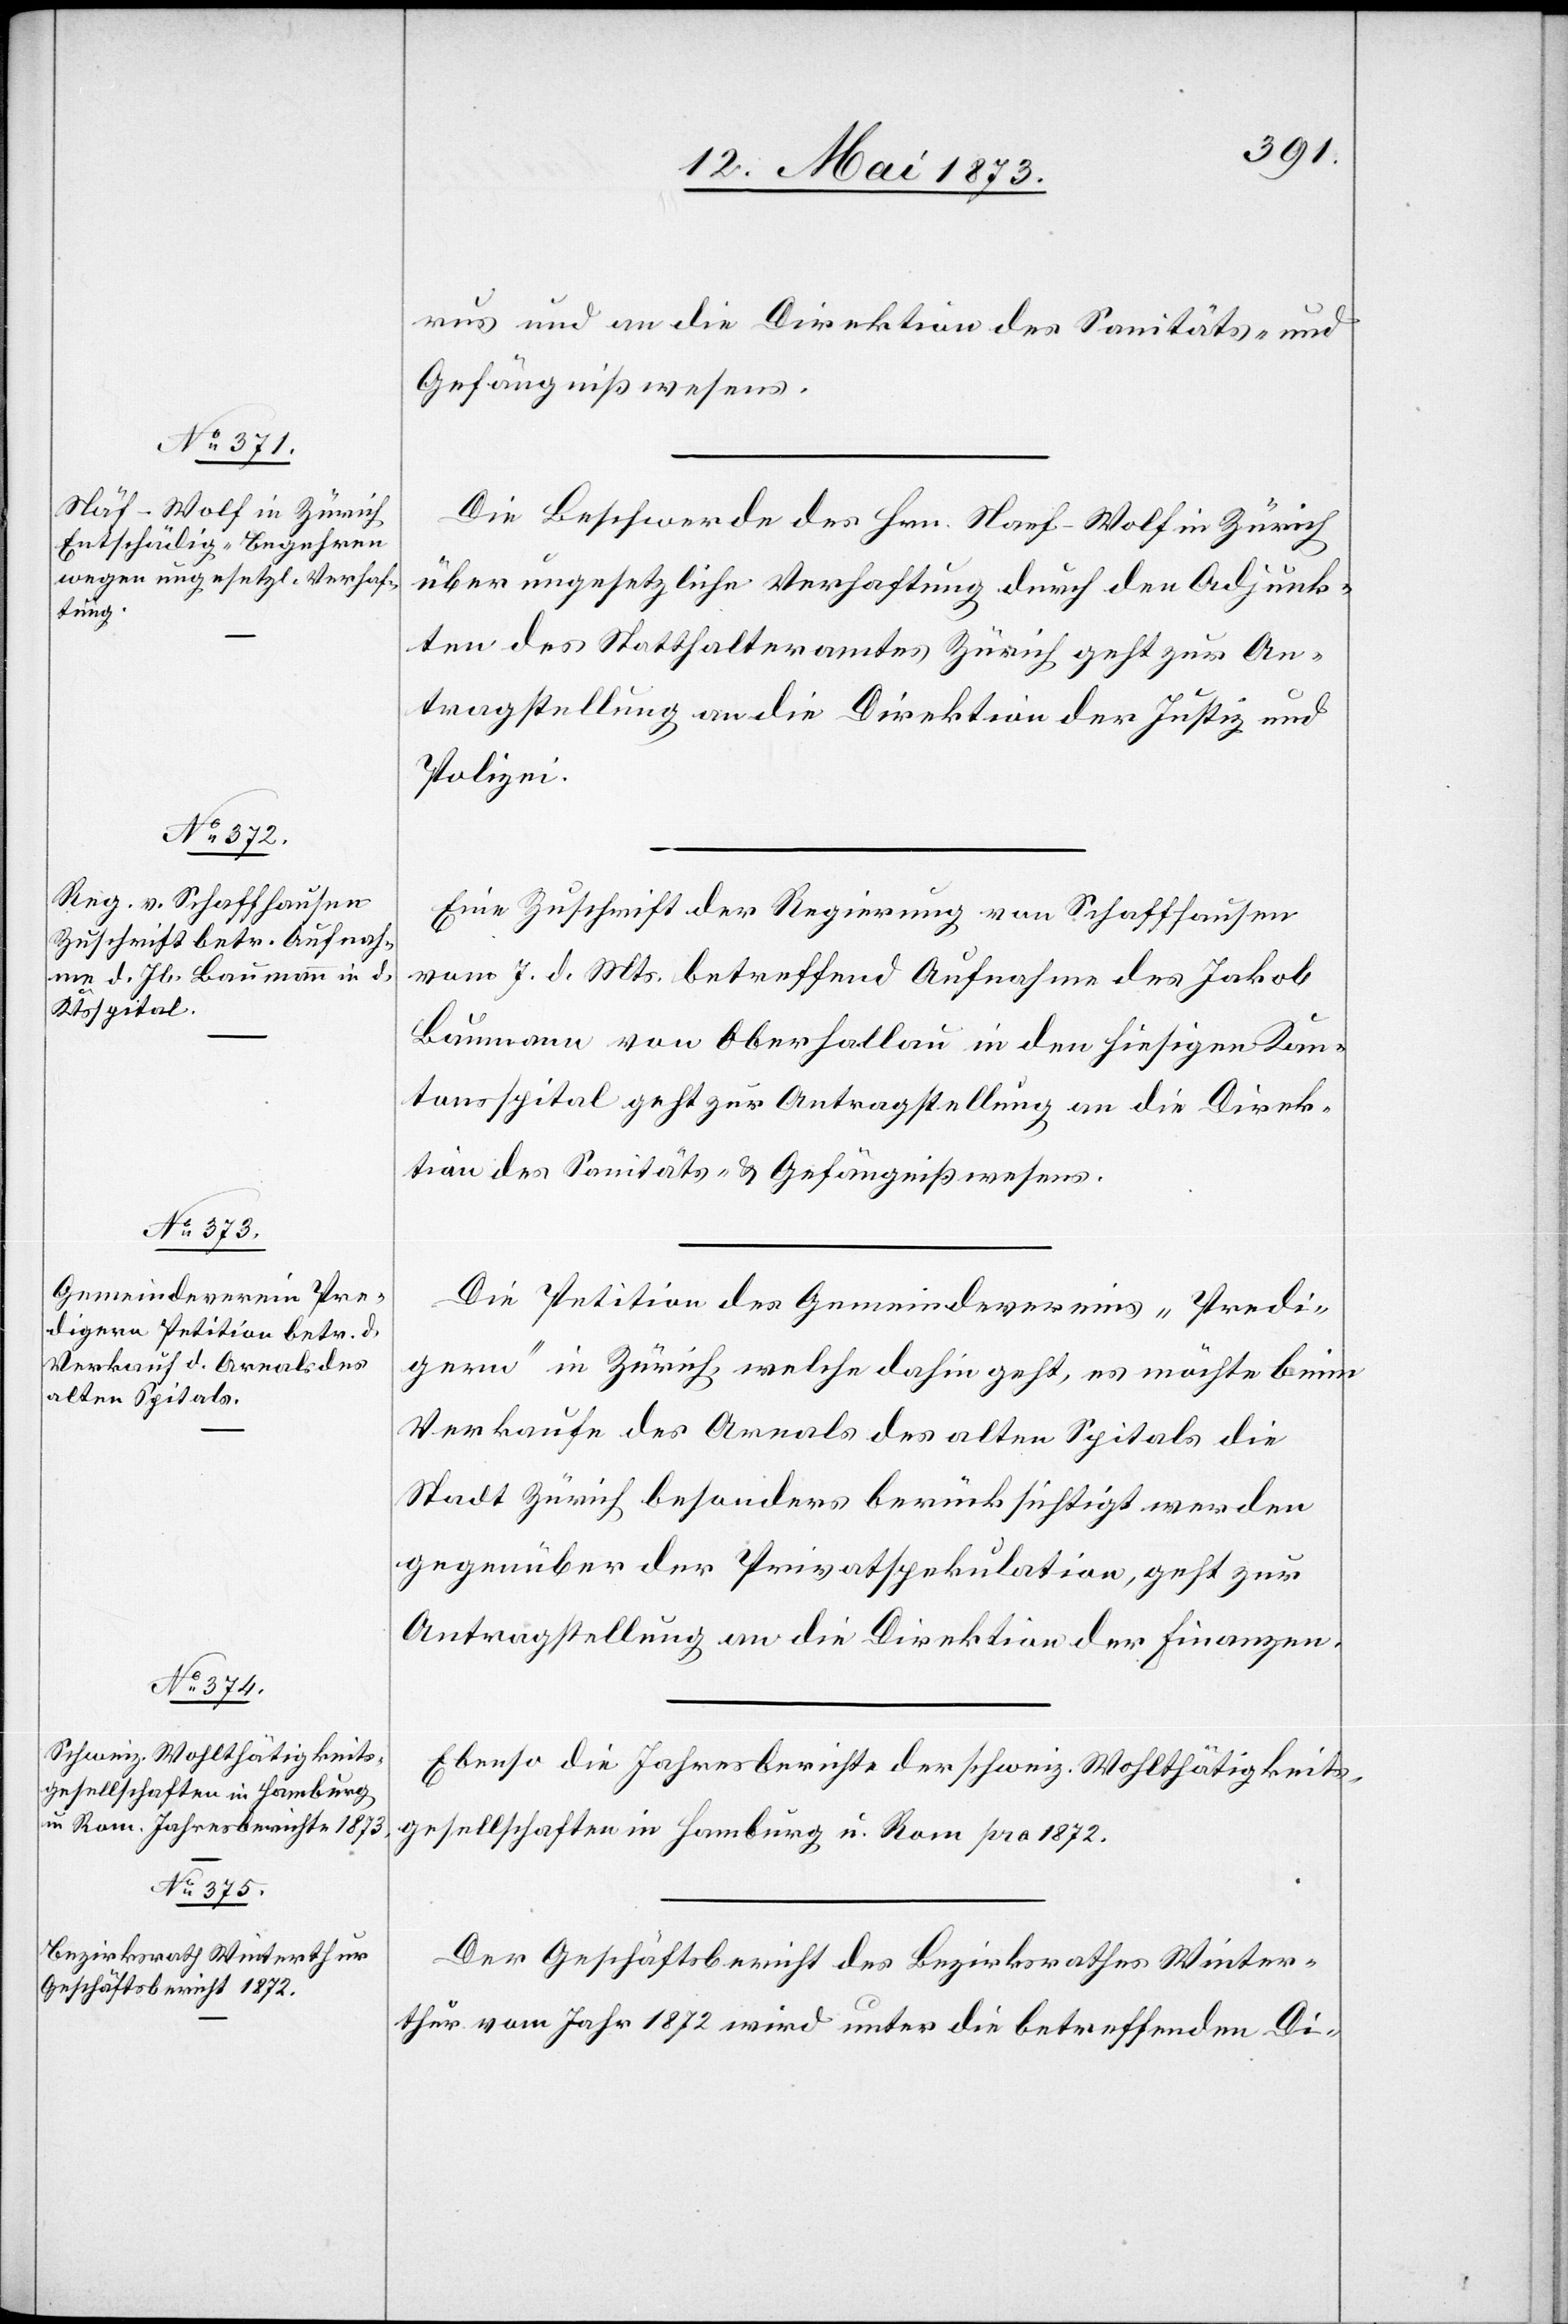
12. Mai 1873.]
rus und an die Direktion des Sanitäts- und
Gefängnißwesens.
Die Beschwerde des Hrn. Naef-Wolf in Zürich
über ungesetzliche Verhaftung durch den Adjunk¬
ten des Statthalteramtes Zürich geht zur An¬
tragstellung an die Direktion der Justiz und
Polizei.
Eine Zuschrift der Regierung von Schaffhausen
vom 7. d. Mts. betreffend Aufnahme des Jakob
Baumann von Oberhallau in den hiesigen Kan¬
tonsspital geht zur Antragstellung an die Direk¬
tion des Sanitäts- & Gefängnißwesens.
Die Petition des Gemeindevereins „Predi¬
gern“ in Zürich, welche dahin geht, es möchte beim
Verkaufe des Areals des alten Spitals die
Stadt Zürich besonders berücksichtigt werden
gegenüber der Privatspekulation, geht zur
Antragstellung an die Direktion der Finanzen.
Ebenso die Jahresberichte der schweiz. Wohlthätigkeits¬
gesellschaften in Hamburg u. Rom pro 1872.
Der Geschäftsbericht des Bezirksrathes Winter¬
thur vom Jahr 1872 wird unter die betreffenden Di-